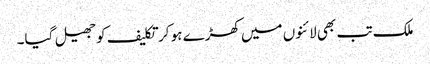
ملک تب بھی لائنوں میں کھڑے ہو کر تکلیف کو جھیل گیا۔